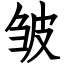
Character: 皱